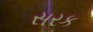
સરક